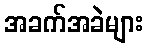
အခက်အခဲများ